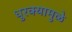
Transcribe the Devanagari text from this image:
धुरक्यामुळे